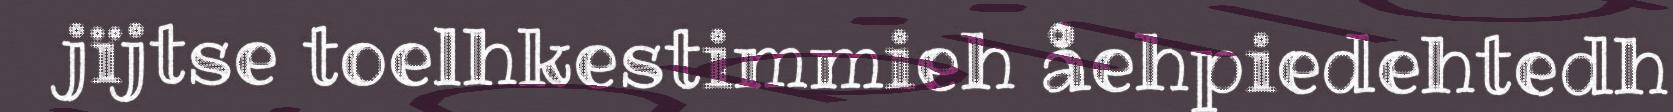
jïjtse toelhkestimmieh åehpiedehtedh